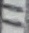
Text: 11